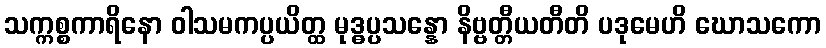
သက္ကစ္စကာရိနော ဝါသမကပ္ပယိတ္ထ မုဒ္ဓပ္ပသန္နော နိဗ္ဗတ္တီယတီတိ ပဒုမေဟိ ဃောသကော